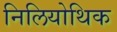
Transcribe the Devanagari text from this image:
निलियोथिक